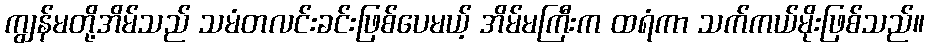
ကျွန်မတို့အိမ်သည် သမံတလင်းခင်းဖြစ်ပေမယ့် အိမ်မကြီးက ထရံကာ သက်ကယ်မိုးဖြစ်သည်။